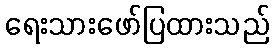
ရေးသားဖော်ပြထားသည်